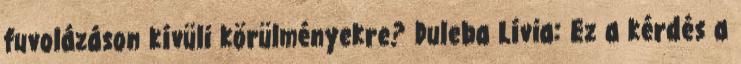
fuvolázáson kívüli körülményekre? Duleba Lívia: Ez a kérdés a